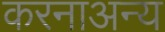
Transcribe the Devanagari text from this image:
करनाअन्य